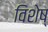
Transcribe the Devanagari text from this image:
विशेष्